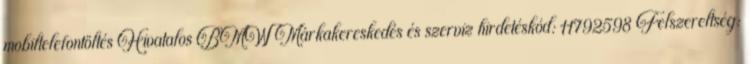
mobiltelefontöltés Hivatalos BMW Márkakereskedés és szerviz hirdetéskód: 11792598 Felszereltség: